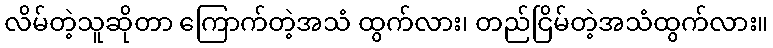
လိမ်တဲ့သူဆိုတာ ကြောက်တဲ့အသံ ထွက်လား၊ တည်ငြိမ်တဲ့အသံထွက်လား။